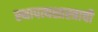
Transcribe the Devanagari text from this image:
स्थापत्यशास्त्राची